Vital statistics of India. Vol. IV, Annual returns from 1871 to 1876. British Army of India, Native Army and jails of Bengal
Year: 1871
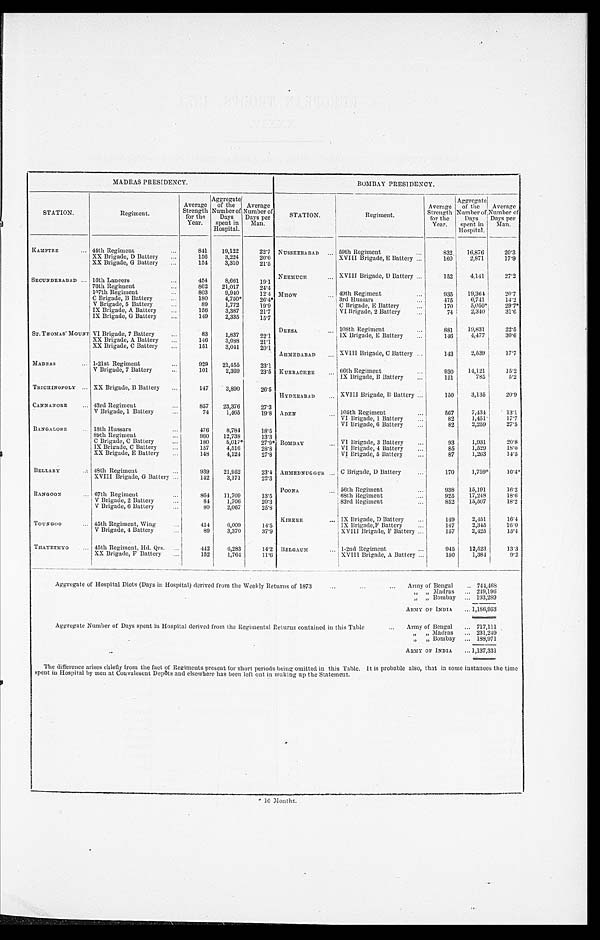
MADRAS PRESIDENCY.
BOMBAY PRESIDENCY.
STATION.
Regiment.
Average
Strength
for the
Year.
Aggregate
of the
Number of
Days
spent in
Hospital.
Average
Number of
Days per
Man.
STATION.
Regiment.
Average
Strength
for the
Year.
Aggregate
of the
Number of
Days
spent in
Hospital.
Aver age Number of
Days per
Man.
KAMPTEE . . .
44th Regiment . . .
841
19,122
22.7 NUSSEERABAD . . . 59th Regiment . . .
8 3 2
16,876
20.3
XX Brigade, D Battery. . .
156
3,224
20.6
XVIII Brigade, E Battery . . .
160
2,871
17.9
XX Brigade, G Battery . . .
154
3,310
21.5
NEEMUCH . . .
XVIII Brigade, D Battery . . .
152
4,141
27.2
SECUNDERABAD . . . 16th Lancers . . .
454
8,661
19.1
76th Regiment . . .
862
21,017
24.4
107th Regiment . . .
803
9,940
12.4 MHOW . . .
49th Regiment . . .
935
19,364
20.7
C Brigade, B Battery . . .
180
4,750*
26.4*
3rd Hussars . . .
475
6,741
14.2
V Brigade, 5 Battery . . .
89
1,772
19.9
C Brigade, E Battery . . .
170
5,050*
29. 7*
IX Brigade, A Battery . . .
156
3,387
21.7
VI Brigade, 2 Battery . . .
74
2,340
31.6
IX Brigade, G Battery . . .
149
2,335
15.7
DEESA.
108th Regiment . . .
881
19,831
22.5
ST. THOMAS' MOUNT VI Brigade, 7 Battery . . .
83
1,837
22.1
IX Brigade, E Battery . . .
146
4,477
30.6
XX Brigade, A Battery . . .
146
3,088
21.1
XX Brigade, C Battery . . .
151
3,041
20.1
AHMEDABAD . . .
XVIII Brigade, C Battery . . .
143
2,539
17.7
MADRAS . . . 1-21st Regiment . . .
929
21,455
23.1
V Brigade, 7 Battery . . .
101
2,369
23.5 KURACHEE . . . 66th Regiment . . .
930
14,121
15.2
IX Brigade, B Battery . . .
151
785
5 . 2
TRICHINOPOLY . . . XX Brigade, B Battery . . .
147
3,890
26.5
HYDERABAD . . .
XVIII Brigade, B Battery . . .
150
3,135
20.9
CANNANORE
. . . 43rd Regiment . . .
8 5 7 23,376
27.3
V Brigade, 1 Battery . . .
74
1,465
19.8 ADEN . . .
105th Regiment . . .
567
7,434
13.1
VI Brigade, 1 Battery . . .
82
1,451
17.7
VI Brigade, 6 Battery . . .
82
2,259
27.5
BANGALORE . . . 18th Hussars . . .
476
8,784
18.5
89th Regiment . . .
960
12,738
13.3
C Brigade, C Battery . . .
180
5,017*
27.9* BOMBAY . . .
VI Brigade, 3 Battery . . .
93
1,931
20.8
IX Brigade, C Battery . . .
157
4,516
28.8
VI Brigade, 4 Battery . . .
85
1,529
18.0
XX Brigade, E Battery . . .
148
4,124
27.8
VI Brigade, 5 Battery . . .
87
1,263
14.5
BELLARY . . . 48th Regiment . . .
939
21,952
23.4 AHMEDNUGGUR . . . C Brigade, D Battery . . .
170
1,759*
10.4*
XVIII Brigade, G Battery . . .
142
3,171
22.3
POONA. . .
56th Regiment . . .
938
15,191
16.2
RANGOON . . .
67th Regiment . . .
864
11,709
13.5
68th Regiment . . .
925
17,248
18.6
V Brigade, 2 Battery . . .
84
1,706
20.3
83rd Regiment . . .
852
15,507
18.2
V Brigade, 6 Battery . . .
80
2,067
25.8
KIREEE . . .
IX Brigade, D Battery . . .
149
2,451
16.4
TOUNGOO . . .
45th Regiment, Wing . . .
414
6,009
14.5
IX Brigade, F Battery . . .
147
2,345
16.0
V Brigade, 4 Battery . . .
89
3,370
37.9
XVIII Brigade, F Battery . . .
157
2,425
15.4
THAYETMYO . . .
45th Regiment, Hd. Qrs. . . .
442
6,283
14.2 BELGAUM . . .
1-2nd Regiment . . .
945
12,523
13.3
XX Brigade, F Battery . . .
152
1,764
11.6
XVIII Brigade, A Battery
. . .
150
1,384
9.2
Aggregate of Hospital Diets (Days in Hospital) derived from the Weekly Returns of 1873 . . .
Army of Bengal . . . 744,468
" " Madras . . .
249,196
" " Bombay . . . 193,289
ARMY OF INDIA . . . 1,186,953
Aggregate Number of Days spent in Hospital derived from the Regimental Returns contained in this Table . . .
Army of Bengal . . . 717,111
" " Madras . . . 231,249
" " Bombay . . . 188,971
ARMY OF INDIA . . . 1,137,331
The difference arises chiefly from the fact of Regiments present for short periods being omitted in this Table. It is probable also, that in some instances the time
spent in Hospital by men at Convalesent Depôts and elsewhere has been left out in tooling up the Statement.
* 10 Months.